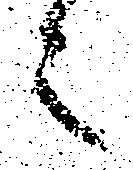
之